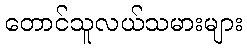
တောင်သူလယ်သမားများ